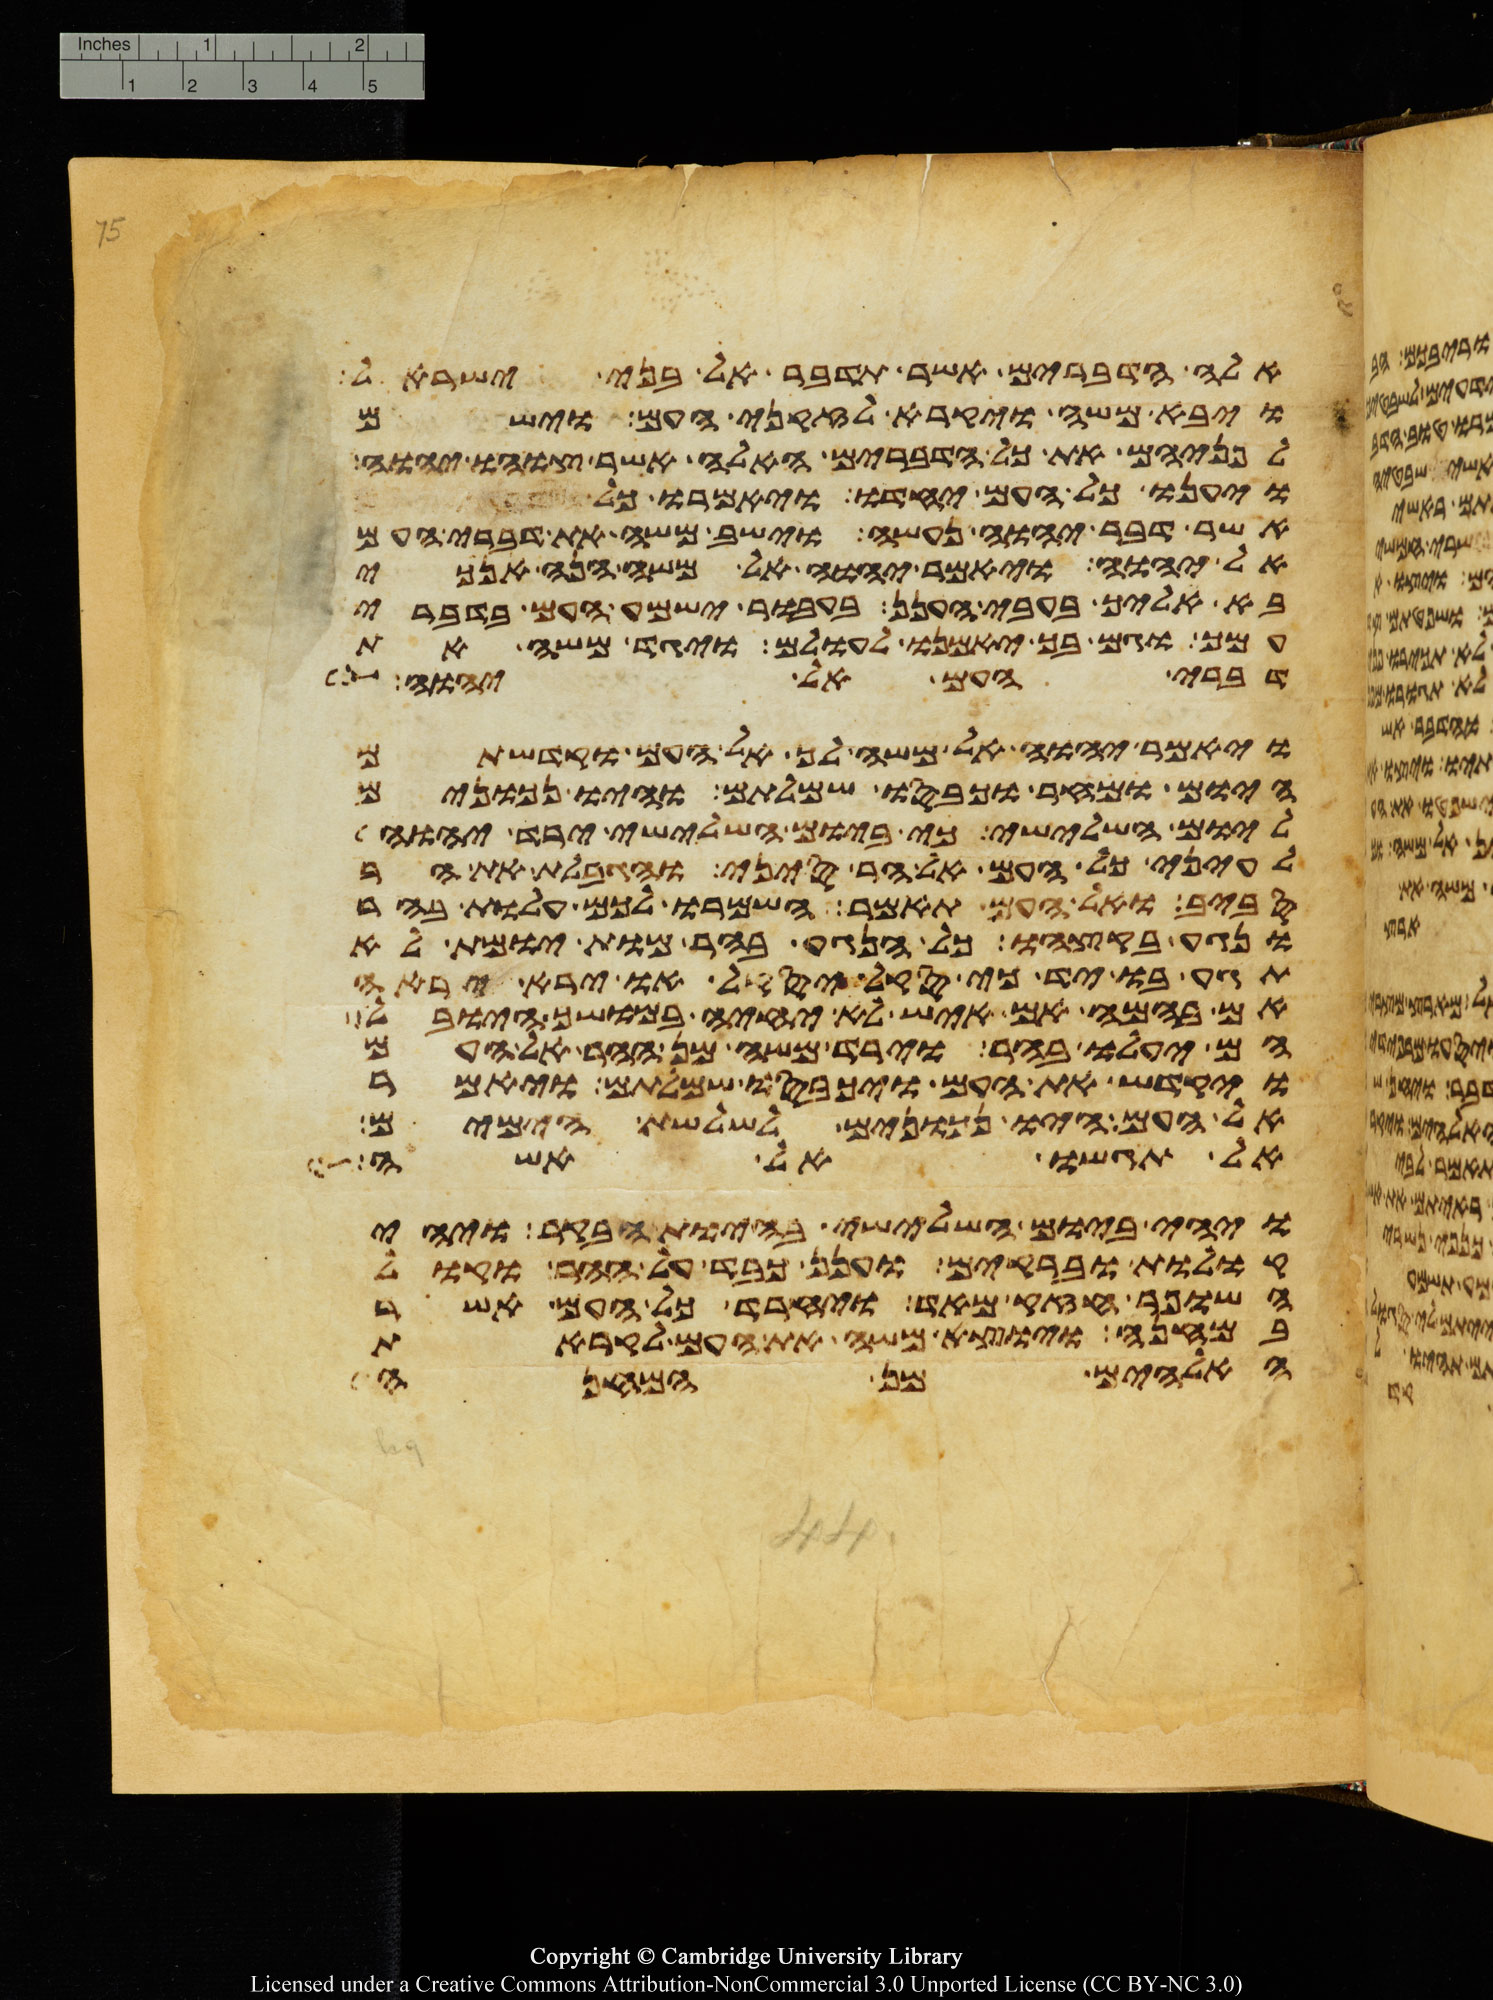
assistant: אלה הדברים אשר תדבר אל בני ישראל
ויבא משה ויקרא לזקני העם וישם
לפניהם את כל הדברים האלה אשר צוהו יהוה
ויענו כל העם יחדו ויאמרו כל
אשר דבר יהוה נעשה וישב משה את דברי העם
אל יהוה ויאמר יהוה אל משה הנה אנכי
בא אליך בעבי הענן בעבור ישמע העם בדברי
עמך וגם בך יאמנו לעולם ויגד משה את
דברי העם אל יהוה
ויאמר יהוה אל משה לך אל העם וקדשתם
היום ומחר וכבסו שמלותם והיו נכונים
ליום השלישי כי ביום השלישי ירד יהוה
לעיני כל העם אל הר סיני והגבלת את ההר
סביב ואל העם תאמר השמרו לכם עלות בהר
ונגע בקצהו כל הנגע בהר מות יומת לא
תגע בו יד כי סקל יסקל או ירא יראה
אם בהמה אם איש לא יחיה במושך היובל
הם יעלו בהר וירד משה מן ההר אל העם
ויקדש את העם ויכבסו שמלותם ויאמר
אל העם היו נכונים לשלשת הימים
אל תגשו אל אשה
ויהי ביום השלישי בהיות הבקר ויהי
קולות וברקים וענן כבד על ההר וקול
השופר חזק מאד ויחרד כל העם אשר
במחנה ויוצא משה את העם לקראת
האלהים מן המחנה